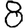
Digit: 8